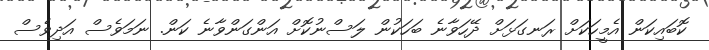
ކޮބައިކަން އެމީހަކަށް ރަނގަޅަށް ދޭހަވާނެ ބަހަކުން ލަސްނުކޮށް އަންގަންވާނެ ކަން. ނަމަވެސް އަދިވެސް